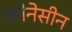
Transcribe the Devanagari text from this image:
कोनेसीन